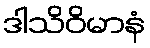
ဒါသိဝိမာနံ